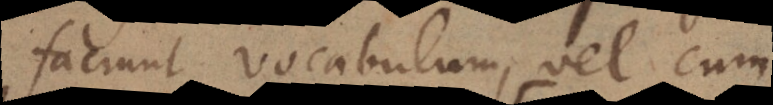
faciunt vocabulum, vel cum